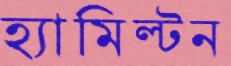
হ্যামিল্টন